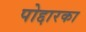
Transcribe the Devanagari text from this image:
पोद्दारका